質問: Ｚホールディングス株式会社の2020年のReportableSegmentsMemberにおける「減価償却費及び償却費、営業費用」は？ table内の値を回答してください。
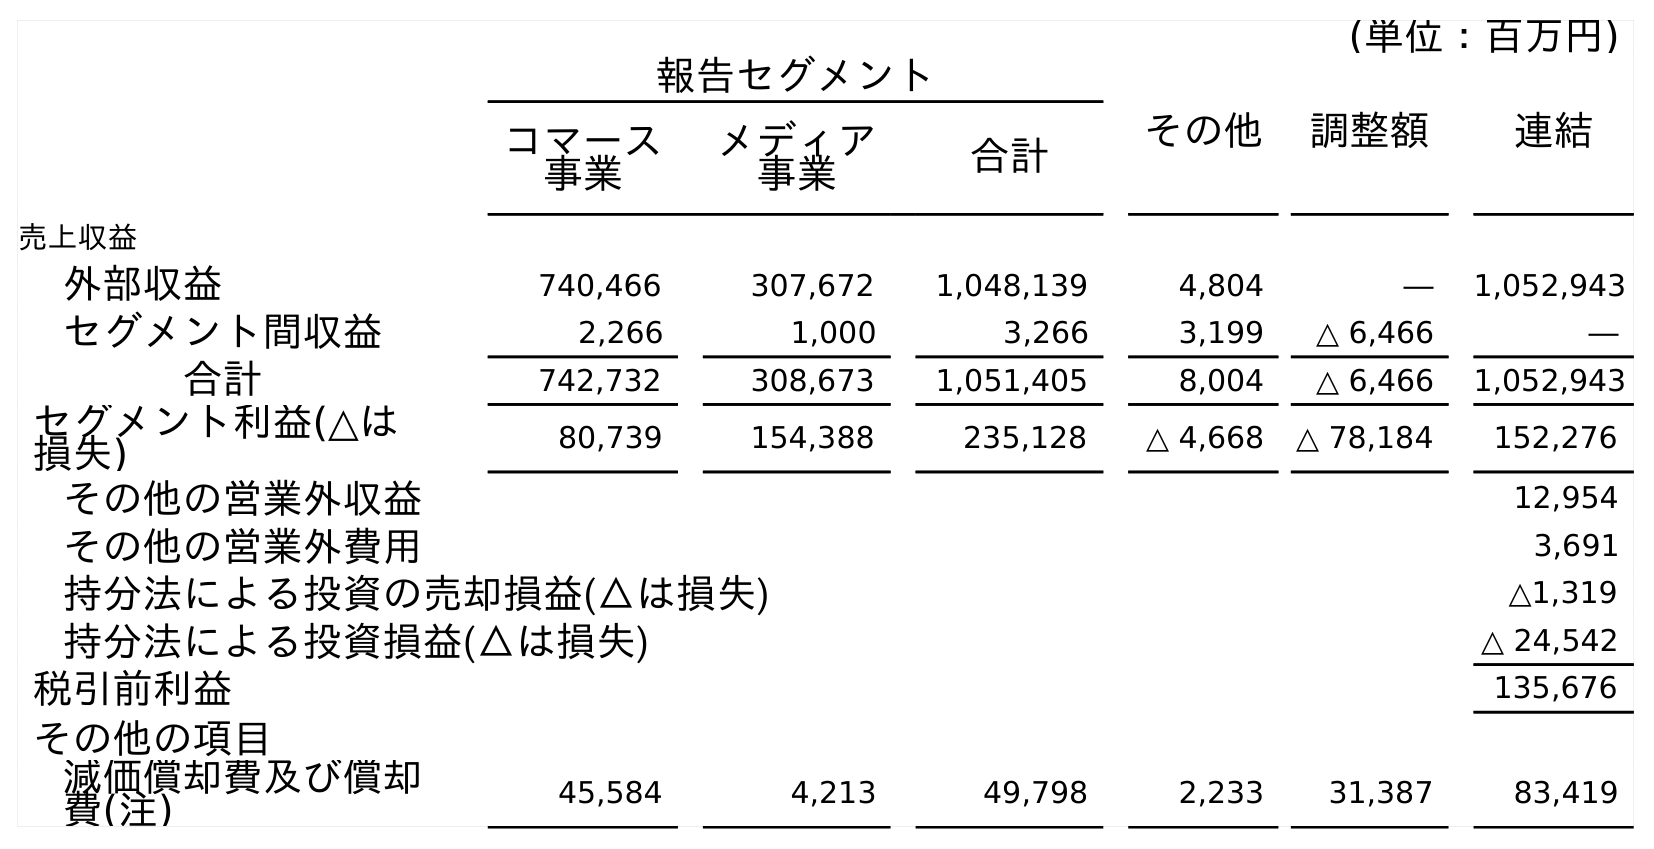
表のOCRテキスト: (単位：百万円) 報告セグメント その他 調整額 連結 コマース 事業 メディア 事業 合計 売上収益 外部収益 740,466 307,672 1,048,139 4,804 ― 1,052,943 セグメント間収益 2,266 1,000 3,266 3,199 △ 6,466 ― 合計 742,732 308,673 1,051,405 8,004 △ 6,466 1,052,943 セグメント利益(△は 損失) 80,739 154,388 235,128 △ 4,668 △ 78,184 152,276 その他の営業外収益 12,954 その他の営業外費用 3,691 持分法による投資の売却損益(△は損失) △1,319 持分法による投資損益(△は損失) △ 24,542 税引前利益 135,676 その他の項目 減価償却費及び償却 費(注) 45,584 4,213 49,798 2,233 31,387 83,419
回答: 49,798